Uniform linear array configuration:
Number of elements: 12
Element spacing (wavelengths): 0.5
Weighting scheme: uniform
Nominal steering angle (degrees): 60
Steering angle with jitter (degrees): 58.639
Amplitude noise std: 0.05
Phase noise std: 0.05

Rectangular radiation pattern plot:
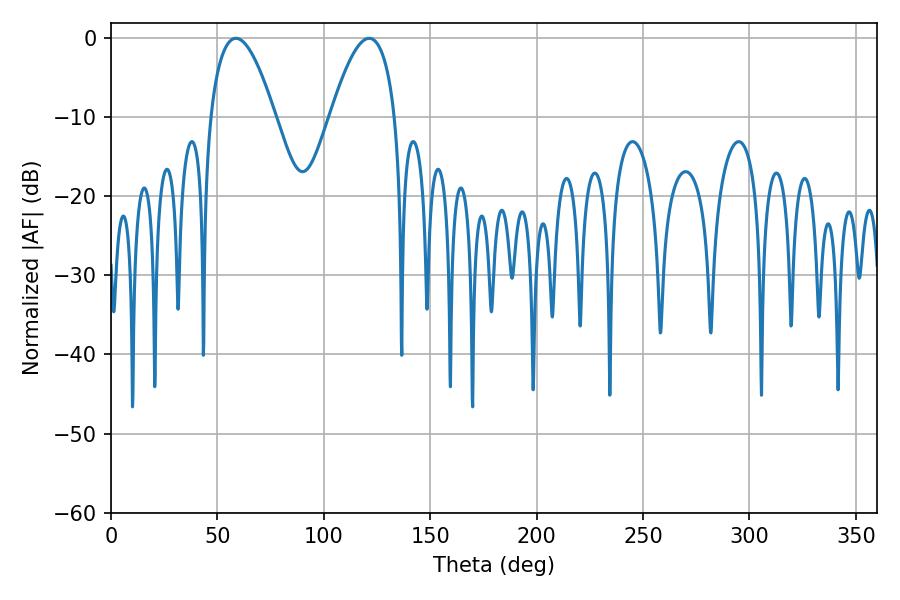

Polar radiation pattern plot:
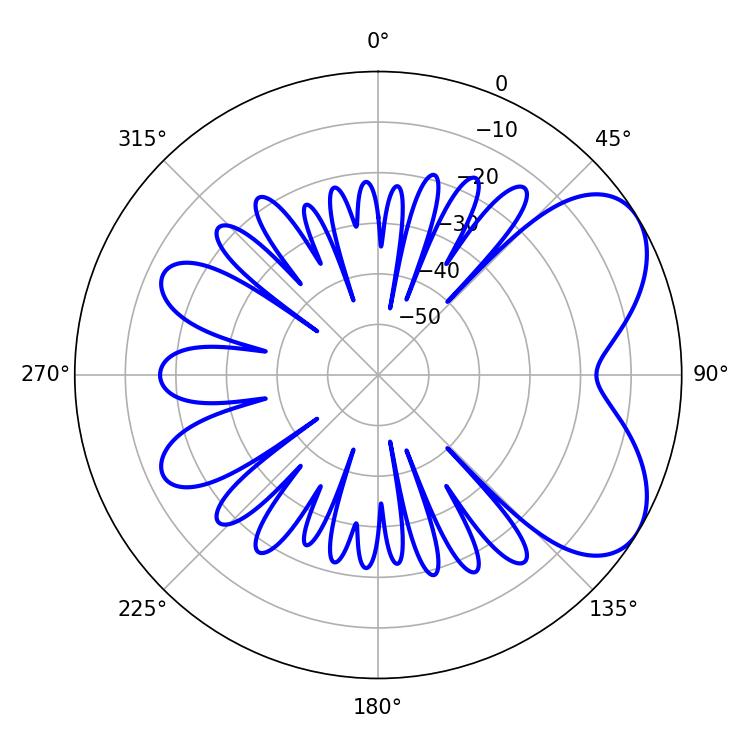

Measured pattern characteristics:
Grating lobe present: FALSE
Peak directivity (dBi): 5.786
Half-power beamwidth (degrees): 16.74
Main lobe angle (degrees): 58.68